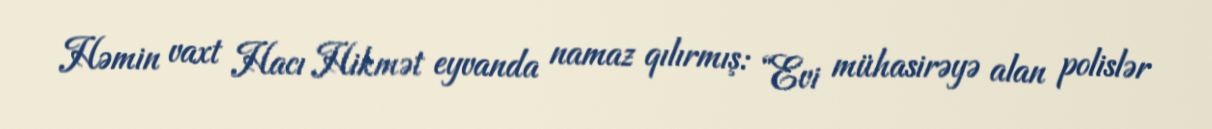
Həmin vaxt Hacı Hikmət eyvanda namaz qılırmış: “Evi mühasirəyə alan polislər